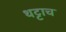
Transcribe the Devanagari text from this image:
थट्टाच